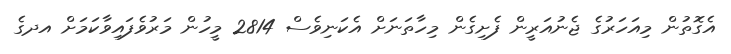
އެގޮތުން މިއަހަރުގެ ޖެނުއަރީން ފެށިގެން މިހާތަނަށް އެކަނިވެސް 2814 މީހުން މަރުވެފައިވާކަމަށް އދގެ